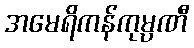
အမေရိကန်ကုမ္ပဏီ